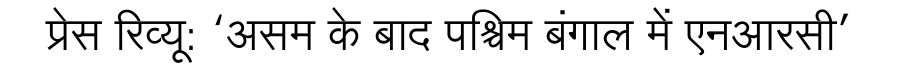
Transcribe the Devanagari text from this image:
प्रेस रिव्यू: ‘असम के बाद पश्चिम बंगाल में एनआरसी’